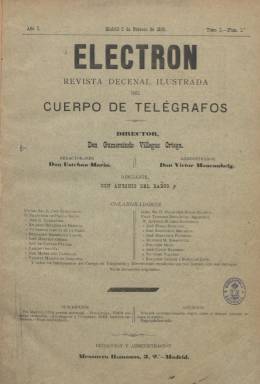
Título: Electrón (Madrid. 1896)
Colección: Comunicaciones
Ámbito geográfico: Madrid
Lugar de publicación: Madrid
Fechas: 01/01/1896-01/02/1918

Revista decenal ilustrada del Cuerpo de Telégrafos, esta publicación de título tan científico, escrito en griego, estaba dirigida a los miembros del Cuerpo, a quienes se les llama hermanos, y su orientación era oficial, es decir, respetuosa con la dirección y opuesta a otras publicaciones profesionales a las que se les tilda de ‘prensa batallona y descarada’.

  En cierta manera, Electrón vino a suplir la desaparición de la Revista de Telégrafos, la primera de la profesión, aparecida en 1861. Editada por la Dirección General del Cuerpo, cesó con ocasión de la primera huelga de telegrafistas en España, en 1892, por la oposición de la mayoría de los profesionales a llevar a cabo la fusión con el Cuerpo de Correos de la forma en que quería hacerlo el Gobierno.

   Electrón contaba con un buen número de colaboradores. En la sección Científica, el primero de ellos, que firma el artículo ‘Aplicaciones de la electricidad’ en el primer número, era José Echegaray, ingeniero, matemático, ministro y literato. El primer premio Nobel español, que lo obtuvo en 1904.

  Otras secciones eran la Doctrinal, con información y artículos de opinión de interés para los telegrafistas, la sección de Variedades, con novedades y curiosidades científicas, la de Noticias, para que los profesionales intercambiaran información entre ellos, y la de Bibliografía. Como regalo a sus suscriptores, la revista publicaba mensualmente obras de electricidad para formar una Bibliografía del Telegrafista.

    Una de las preocupaciones de la revista durante sus primeros años de vida, a la que dedicó varios artículos, fue la de instalar un cable submarino para comunicar la Península con la isla de Cuba. El proyecto era muy costoso para el presupuesto nacional y los concursos convocados quedaban desiertos por falta de empresas interesadas. Se daba la circunstancia de que el Gobierno español para las comunicaciones con Cuba y Puerto Rico utilizaba un cable que pasaba antes por territorio de Estados Unidos, con lo que no estaba garantizada la confidencialidad en unos años en que el enfrentamiento con la potencia americana, que finalmente se produjo en 1898, se veía cada vez más cercano.

   En el número 7 del 10 de abril de 1896, un telegrafista firmó un artículo sugiriendo que los miembros del Cuerpo participaran en una sociedad por acciones, con cantidades descontadas de su sueldo, para animar a crear una gran empresa nacional que llevara a cabo la instalación del cable a Cuba.

  Con el paso de los años la revista fue haciéndose más atractiva al incorporar fotografías de los aparatos o grabados de las instalaciones, pasando a subtitularse Revista general de electricidad y sus aplicaciones, pero habían surgido otras publicaciones profesionales que competían por atraerse el apoyo de los telegrafistas de toda España. Una de las que más éxito obtuvo fue El Telégrafo Español, que llegó a emplear el color en sus páginas, con ilustraciones a toda página.

   Quien esté interesado en la historia de la telegrafía en España puede consultar la obra de Sebastián Olivé ‘Telégrafos. Un relato de su travesía centenaria’, editado por la Fundación Telefónica y la editorial Ariel en 2013.

[Descripción publicada el 16/04/2020]